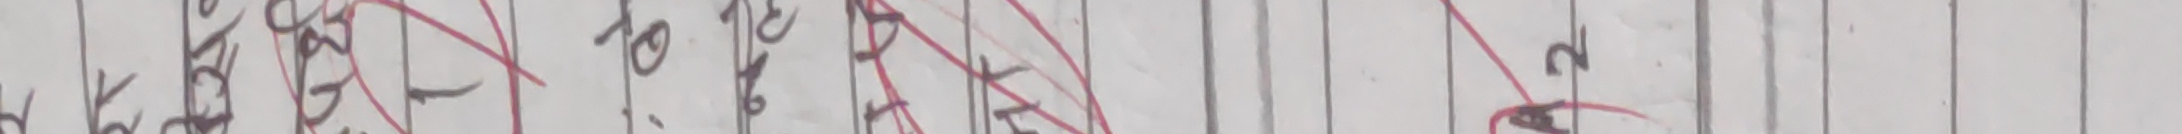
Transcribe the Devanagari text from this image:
हाइर तो र २